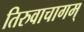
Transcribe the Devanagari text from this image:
तिरुवाचागम्‌